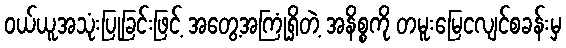
ဝယ်ယူအသုံးပြုခြင်းဖြင့် အတွေ့အကြုံရှိတဲ့ အနိစ္စကို တမူးမြေငလျင်စခန်းမှ